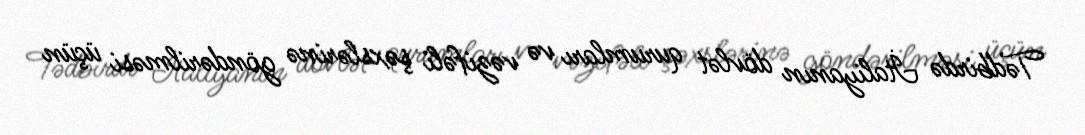
Tədbirdə İtaliyanın dövlət qurumları və vəzifəli şəxslərinə göndərilməsi üçün